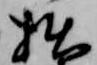
拙